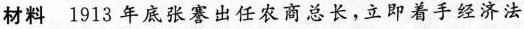
材料 1913年底张謇出任农商总长，立即着手经济法